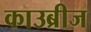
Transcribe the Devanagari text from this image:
काउब्रीज